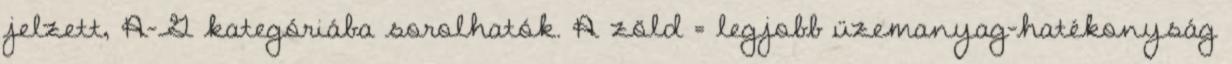
jelzett, A–G kategóriába sorolhatók. A zöld = legjobb üzemanyag-hatékonyság